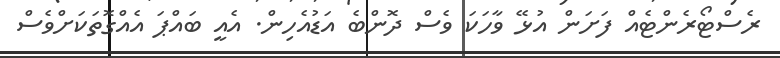
ރެސްޓޯރެންޓެއް ފަށަން އުޅޭ ވާހަކަ ވެސް ދޮންބެ އަޑުއެހިން. އެއީ ބައްޕަ އެއްގޮތަކަށްވެސް